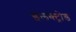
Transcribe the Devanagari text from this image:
इलक्ट्रोड